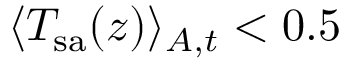
\langle T _ { \mathrm { s a } } ( z ) \rangle _ { A , t } < 0 . 5